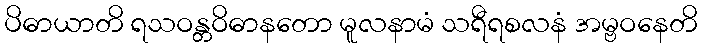
ပိဓာယာတိ ရသဝန္တဝိဓာနတော မူလနာမံ သရီရစလနံ အမ္ဗဝနေတိ